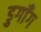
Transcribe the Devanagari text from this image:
डुगाँग